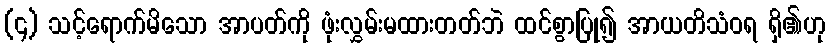
(၄) သင့်ရောက်မိသော အာပတ်ကို ဖုံးလွှမ်းမထားတတ်ဘဲ ထင်စွာပြု၍ အာယတိသံဝရ ရှိ၏ဟု